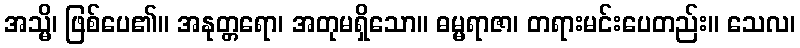
အသ္မိ၊ ဖြစ်ပေ၏။ အနုတ္တရော၊ အတုမရှိသော။ ဓမ္မရာဇာ၊ တရားမင်းပေတည်း။ သေလ၊